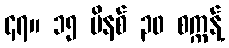
၄၇။ ၁၅ မိနစ် ၃၀ စက္ကန့်